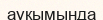
ауқымында